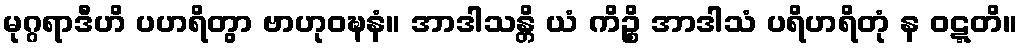
မုဂ္ဂရာဒီဟိ ပဟရိတွာ ဗာဟုဝဍ္ဎနံ။ အာဒါသန္တိ ယံ ကိဉ္စိ အာဒါသံ ပရိဟရိတုံ န ဝဋ္ဋတိ။